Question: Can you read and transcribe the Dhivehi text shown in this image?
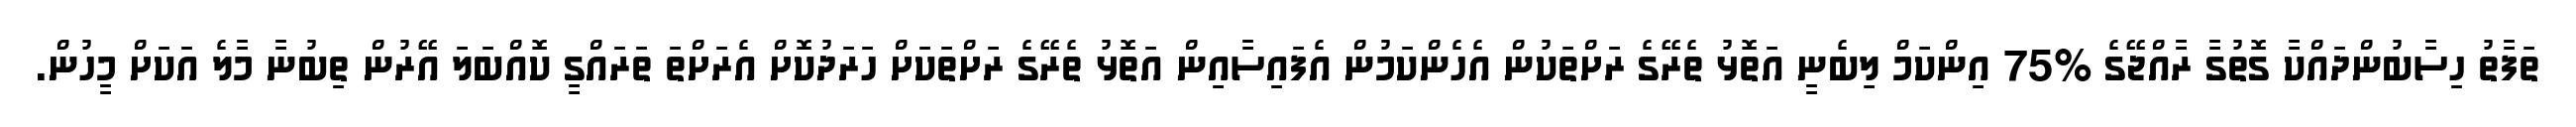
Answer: ތަފާތު ހިސާބުންދައްކާ ގޮތުގާ ރާއްޖޭގެ %75 އިންކަމް ލިބެނީ އަތޮޅު ތެރޭގެ ރަށްތަކުން އެހެންކަމުން އެފައިސާއިން އަތޮޅު ތެރޭގެ ރަށްތަކަށް ހަރަދުކޮށް އެރަށްތަ ތަރައްގީ ކޮއްބަލަ އޭރުން ތިބުނާ މާލެ އަކަށް މީހުން.